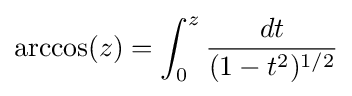
\arccos(z)=\int _{0}^{z}{\frac {dt}{(1-t^{2})^{1/2}}}